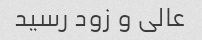
عالی و زود رسید